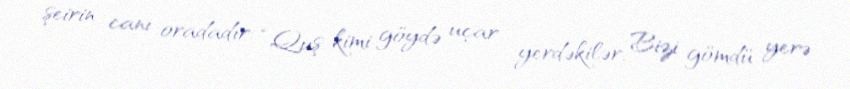
şeirin canı oradadır: “Quş kimi göydə uçar yerdəkilər, Bizi gömdü yerə